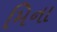
મિના